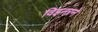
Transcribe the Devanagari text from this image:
विझ्नरने